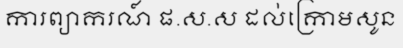
ការព្យាករណ៍ ផ.ស.ស ដល់ក្រោមសូន